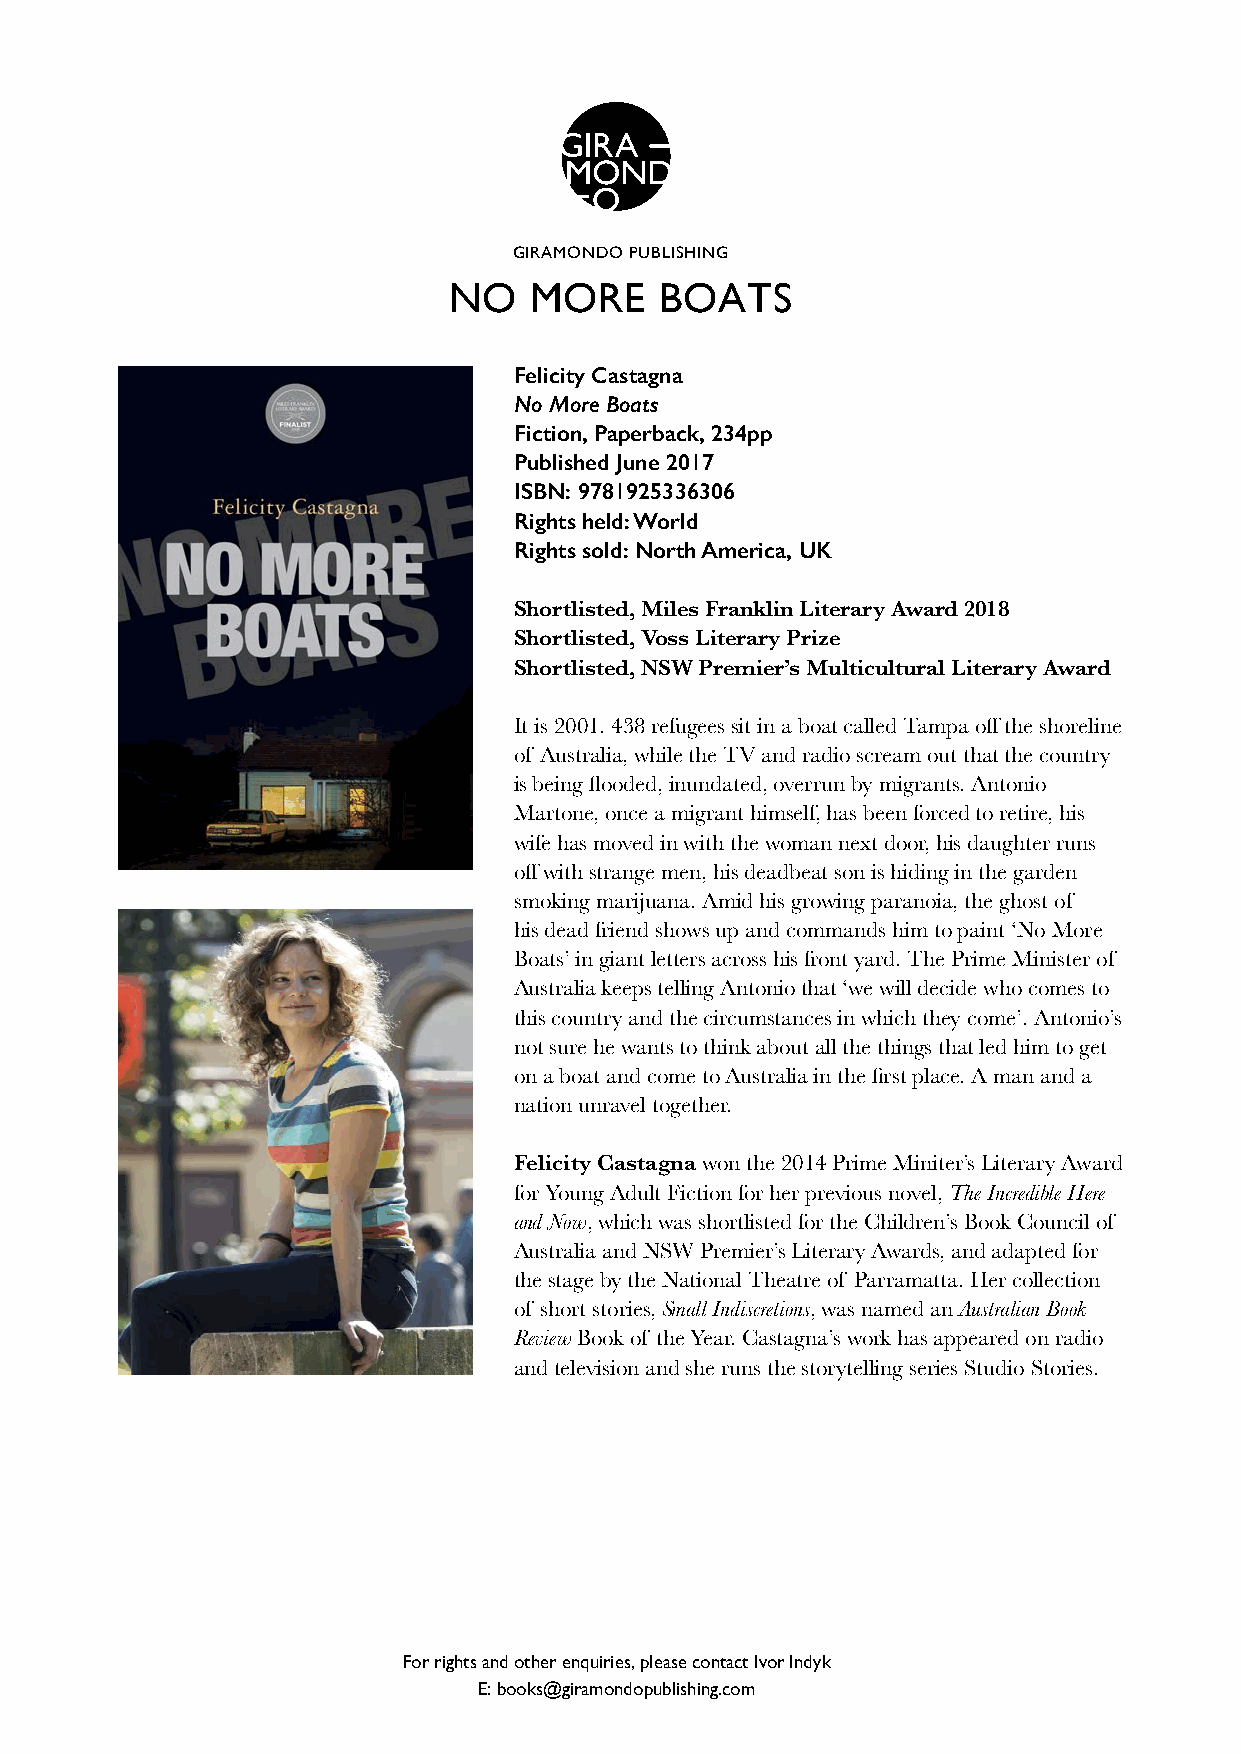
GIRAMONDO PUBLISHING
 NO   MORE     BOATS
 Felicity Castagna
 No More Boats
 Fiction, Paperback, 234pp
 Published June 2017
 ISBN: 9781925336306
 Rights held: World
 Rights sold: North America, UK
 Shortlisted, Miles Franklin Literary Award 2018
 Shortlisted, Voss Literary Prize
 Shortlisted, NSW Premier’s Multicultural Literary Award
 It is 2001. 438 refugees sit in a boat called Tampa off the shoreline
 of Australia, while the TV and radio scream out that the country
 is being flooded, inundated, overrun by migrants. Antonio
 Martone, once a migrant himself, has been forced to retire, his
 wife has moved in with the woman next door, his daughter runs
 off with strange men, his deadbeat son is hiding in the garden
 smoking marijuana. Amid his growing paranoia, the ghost of
 his dead friend shows up and commands him to paint ‘No More
 Boats’ in giant letters across his front yard. The Prime Minister of
 Australia keeps telling Antonio that ‘we will decide who comes to
 this country and the circumstances in which they come’. Antonio’s
 not sure he wants to think about all the things that led him to get
 on a boat and come to Australia in the first place. A man and a
 nation unravel together.
 Felicity Castagna won the 2014 Prime Miniter’s Literary Award
 for Young Adult Fiction for her previous novel, The Incredible Here
 and Now, which was shortlisted for the Children’s Book Council of
 Australia and NSW Premier’s Literary Awards, and adapted for
 the stage by the National Theatre of Parramatta. Her collection
 of short stories, Small Indiscretions, was named an Australian Book
 Review Book of the Year. Castagna’s work has appeared on radio
 and television and she runs the storytelling series Studio Stories.
 For rights and other enquiries, please contact Ivor Indyk
 E: books@giramondopublishing.com